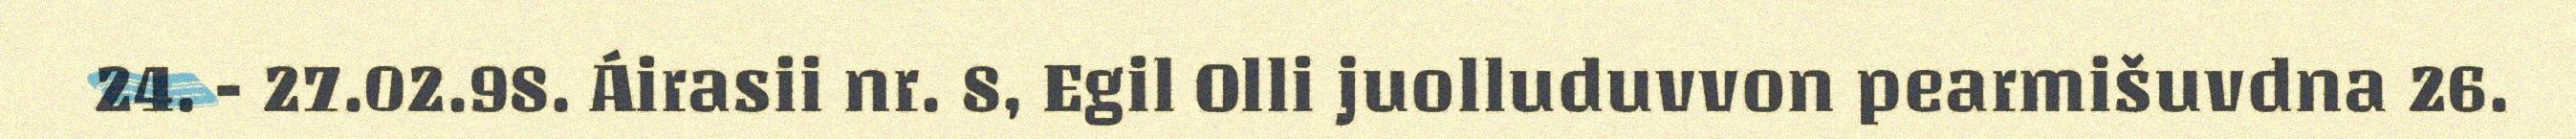
24. - 27.02.98. Áirasii nr. 8, Egil Olli juolluduvvon pearmišuvdna 26.